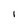
Character: l